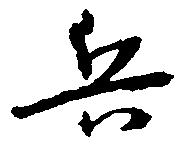
兵